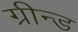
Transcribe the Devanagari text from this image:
ग्रीन्ड